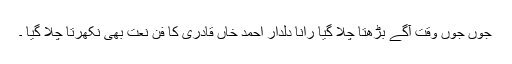
جوں جوں وقت آگے بڑھتا چلا گیا رانا دلدار احمد خاں قادری کا فن نعت بھی نکھرتا چلا گیا ۔